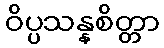
ဝိပ္ပသန္နစိတ္တာ